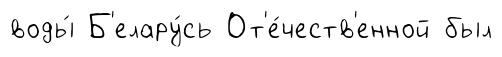
воды́ Б'елару́сь От'е́честв'енной был